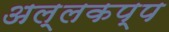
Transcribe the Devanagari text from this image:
अल्लकप्प